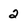
Character: 2